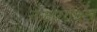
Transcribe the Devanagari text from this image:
नझारोविच